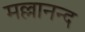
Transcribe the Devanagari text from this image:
मल्लानन्द